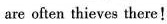
are often thieves there!